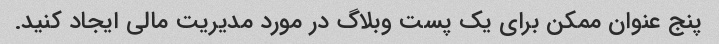
پنج عنوان ممکن برای یک پست وبلاگ در مورد مدیریت مالی ایجاد کنید.